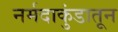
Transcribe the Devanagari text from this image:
नर्मदाकुंडातून